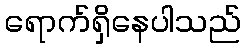
ရောက်ရှိနေပါသည်